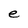
Character: e